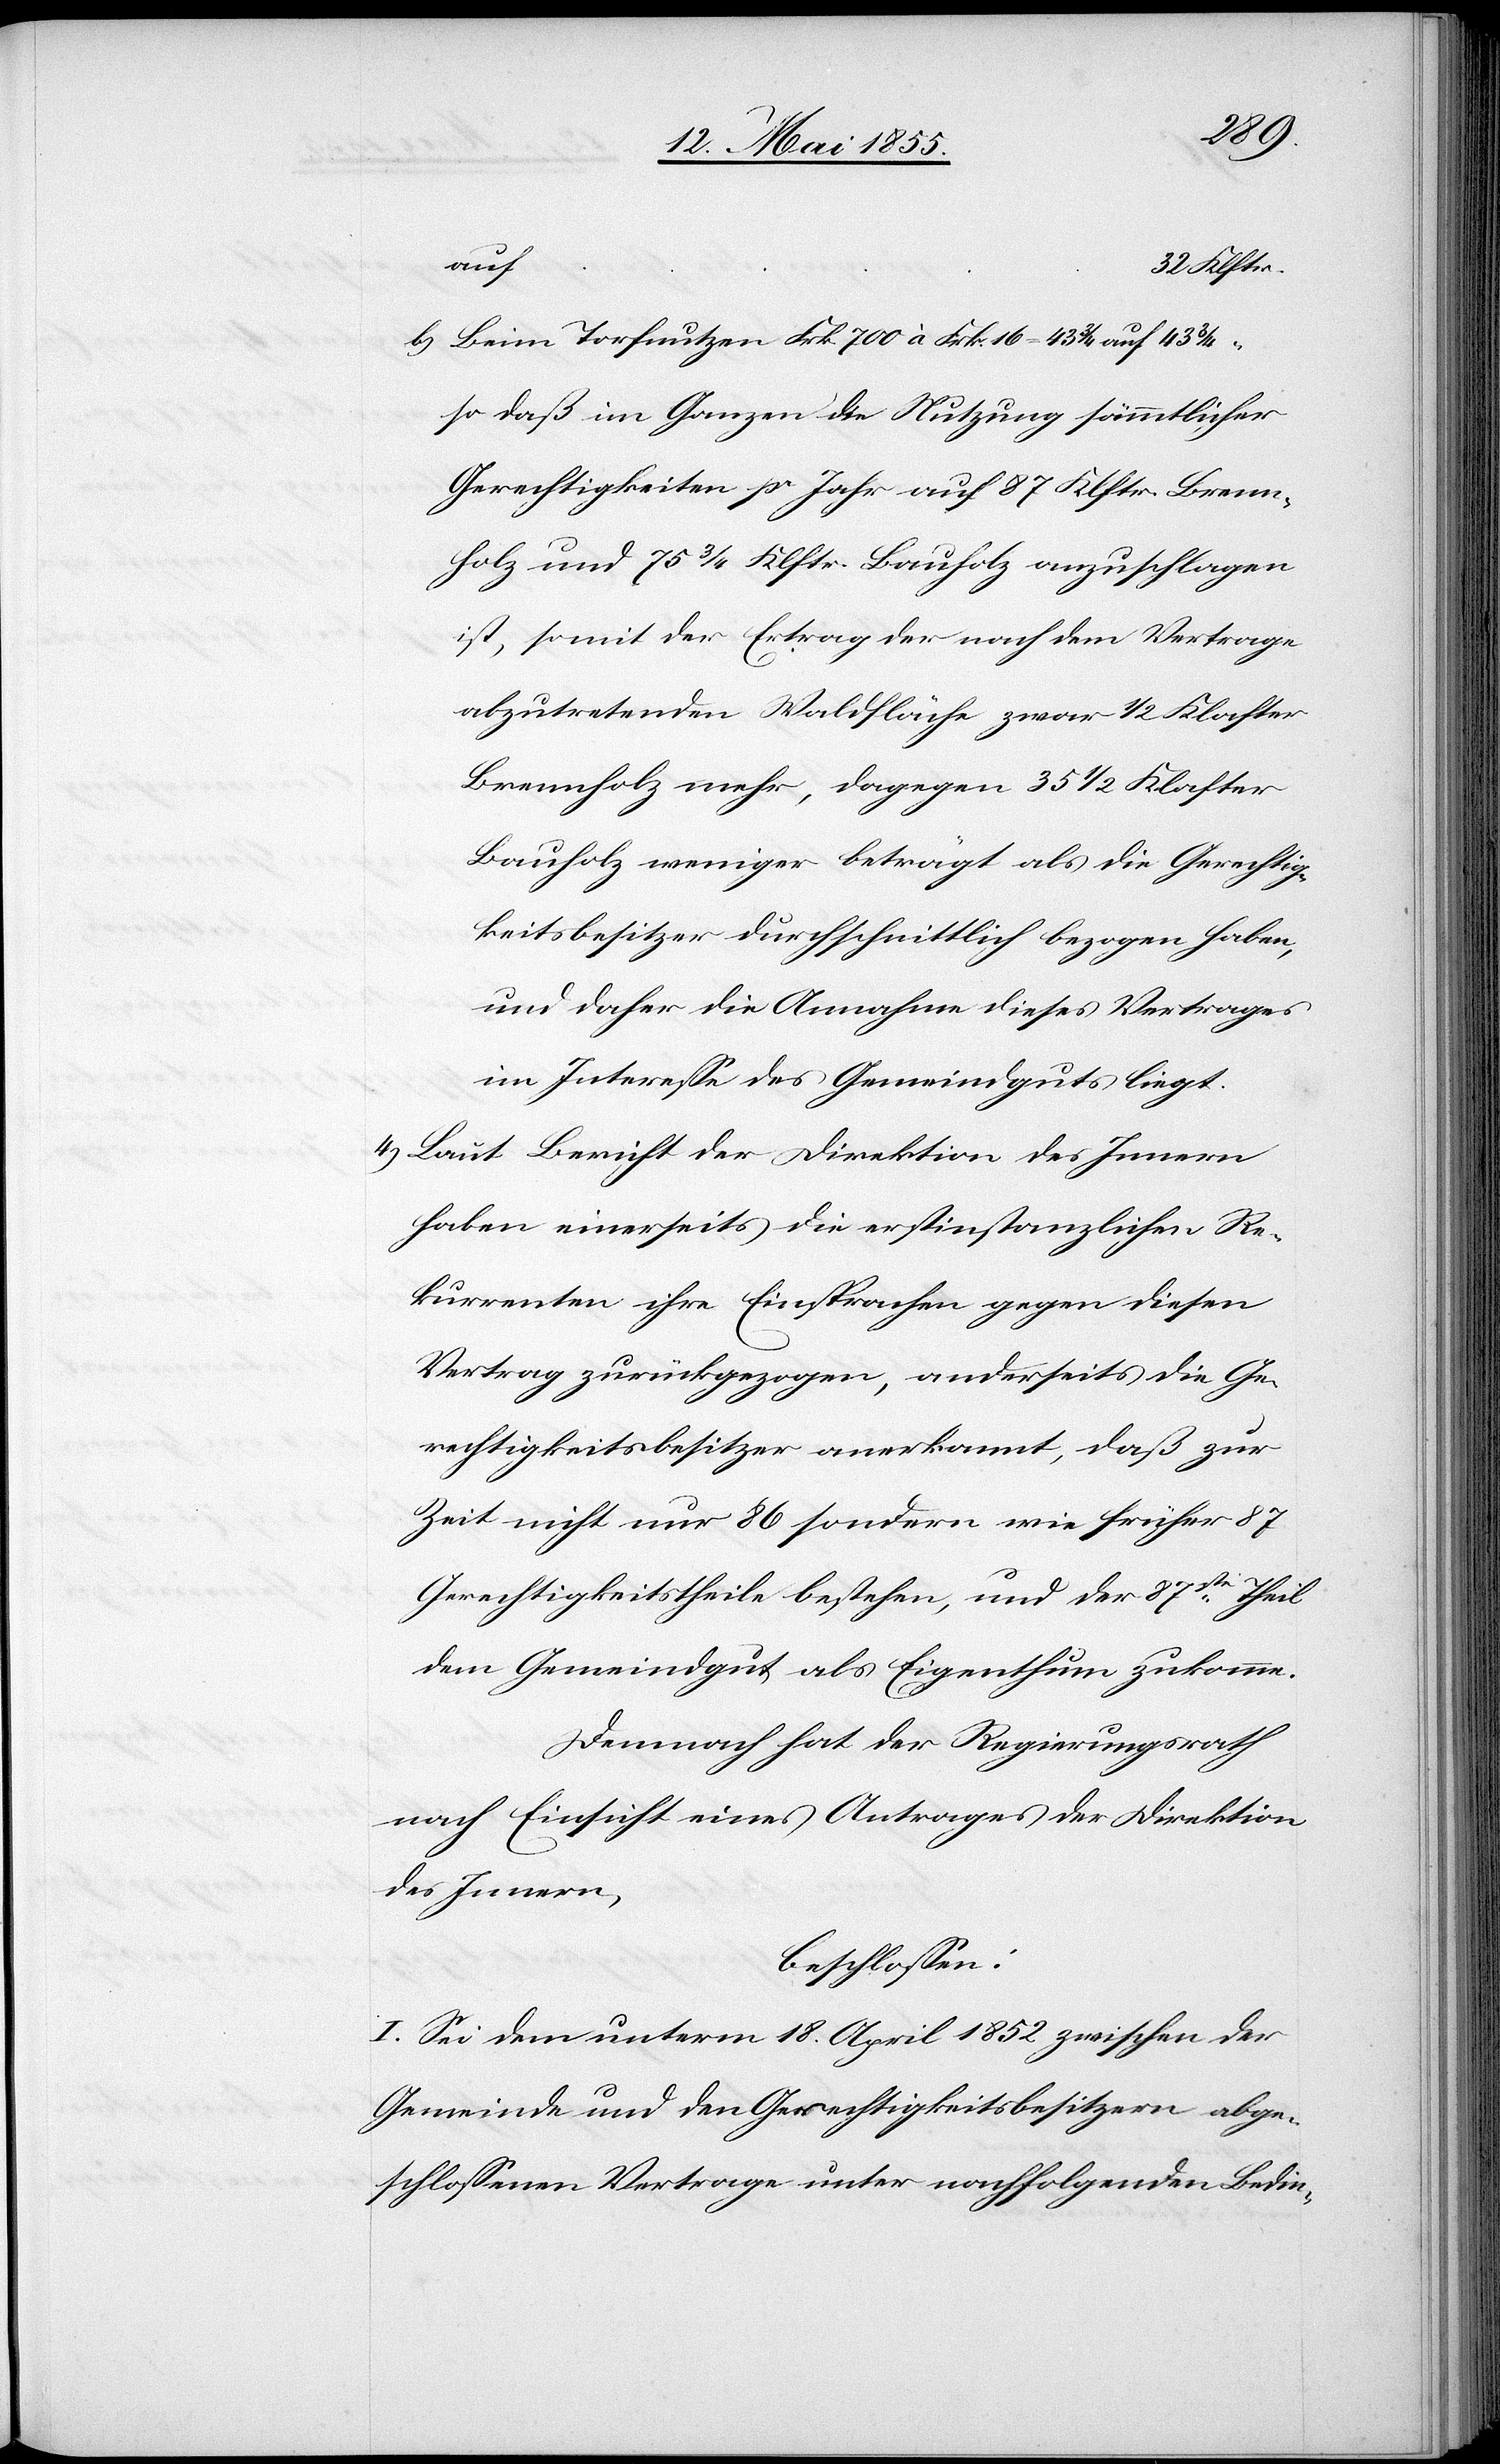
auf
Klftr.
Beim Torfnutzen Frk. 700 à Frk. 16 = 43 3/4 auf 43 3/4
so daß im Ganzen die Nutzung sämmtlicher
Gerechtigkeiten pr Jahr auf 87 Klftr. Brenn¬
holz und 75 3/4 Klftr. Bauholz anzuschlagen
ist, somit der Ertrag der nach dem Vertrage
abzutretenden Waldfläche zwar 1/2 Klafter
Brennholz mehr, dagegen 35 1/2 Klafter
Bauholz weniger beträgt als die Gerechtig¬
keitsbesitzer durchschnittlich bezogen haben,
und daher die Annahme dieses Vertrages
im Interesse des Gemeindguts liegt.
Laut Bericht der Direktion des Innern
haben einerseits die erstinstanzlichen Re¬
kurrenten ihre Einsprachen gegen diesen
Vertrag zurückgezogen, anderseits die Ge¬
rechtigkeitsbesitzer anerkannt, daß zur
Zeit nicht nur 86 sondern wie früher 87
Gerechtigkeitstheile bestehen, und der 87ste Theil
dem Gemeindgut als Eigenthum zukomme.
Demnach hat der Regierungsrath
nach Einsicht eines Antrages der Direktion
des Innern,
beschlossen:
I. Sei dem unterm 18. April 1852 zwischen der
Gemeinde und den Gerechtigkeitsbesitzern abge¬
schlossenen Vertrage unter nachfolgenden Bedin-